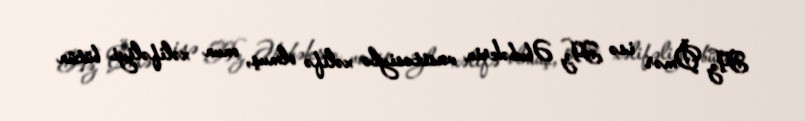
Hz. Ömər isə Hz. Əbubəkrin vasitəsiylə xəlifə olmuş, onun xəlifəliyi bütün